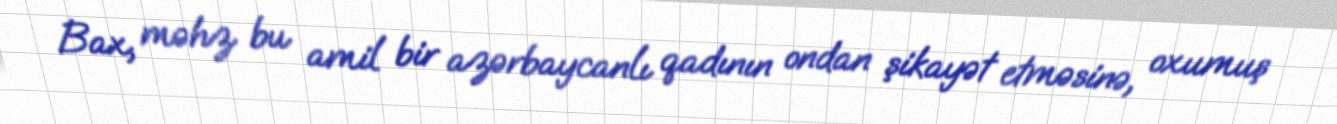
Bax, məhz bu amil bir azərbaycanlı qadının ondan şikayət etməsinə, oxumuş